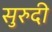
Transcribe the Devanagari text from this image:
सुरुदी